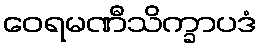
ဝေရမဏီသိက္ခာပဒံ